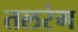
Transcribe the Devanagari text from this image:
तलरंग